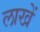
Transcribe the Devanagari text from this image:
लाखें